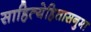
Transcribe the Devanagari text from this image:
साहित्येहितासनुमा